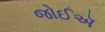
જોઈઍ